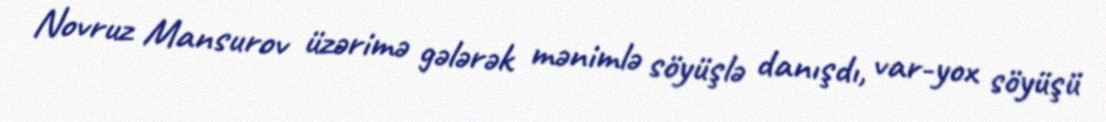
Novruz Mansurov üzərimə gələrək mənimlə söyüşlə danışdı, var-yox söyüşü